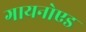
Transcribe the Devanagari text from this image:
गायनोएड